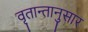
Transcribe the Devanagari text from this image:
वृतान्तानुसार